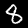
Label: 8